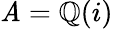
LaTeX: \mathit{A}=\mathbb{{Q}}(i)